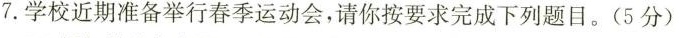
7.学校近期准备举行春季运动会，请你按要求完成下列题目。(5分)